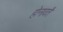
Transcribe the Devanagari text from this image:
होनावर्ते